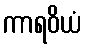
ကာရဝိယံ